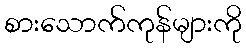
စားသောက်ကုန်များကို